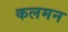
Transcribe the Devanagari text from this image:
कलमन